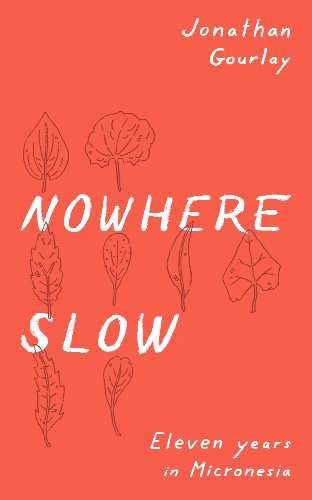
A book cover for Nowhere Slow: Eleven Years in Micronesia; Jonathan Gourlay; Travel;